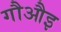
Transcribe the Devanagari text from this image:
गौऔइ